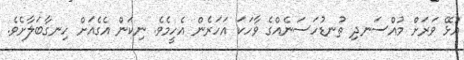
އުޅޭ ވަރަށް މުއްސަނދި ތުނޑުހަސަނެއްގެ ވާހަކަ އަހަރެން އެހީމެވެ. ނިކަން އެގެއަށް ހިނގާބަލާށެވެ.